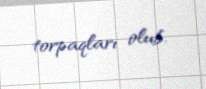
torpaqları olub.